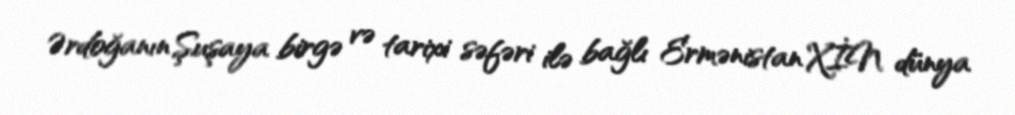
Ərdoğanın Şuşaya birgə və tarixi səfəri ilə bağlı Ermənistan XİN dünya